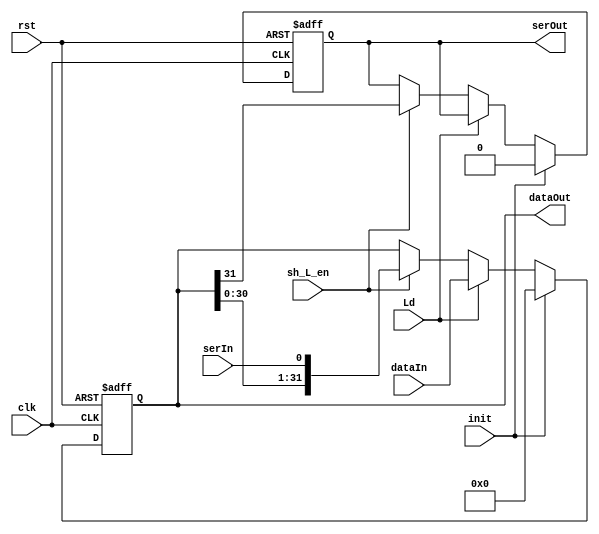
// **************************************************************************************
// Project: AFTAB
// Version: 1.0
// Date:
//
// Module Name: aftab_shift_left_register
// Description:
//
// Dependencies:
//
// File content description:
// shift_left_register for AFTAB datapath
//
// **************************************************************************************
`timescale 1ns/1ns

module aftab_shift_left_register #(parameter size = 32) (
	input [size-1:0] dataIn,
    input sh_L_en,
    input init,
    input serIn,
    input clk,
    input rst,
    input Ld,
    output reg [size-1:0] dataOut,
    output reg serOut
);

    always @(posedge clk, posedge rst) begin
        if (rst) begin
            {dataOut} <= {(size){1'b0}};
            serOut <= 1'b0;
        end
        else if (init) begin
            dataOut <= {(size){1'b0}};
            serOut <= 1'b0;
        end
        else if (Ld) begin
            dataOut <= dataIn;
        end
        else if (sh_L_en) begin
            dataOut <= {dataOut[size-2:0], serIn};
            serOut <= dataOut[size-1];
        end
        else begin
            dataOut <= dataOut;
            serOut <= serOut;
        end
    end

endmodule